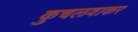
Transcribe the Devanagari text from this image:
कुचलवाकर